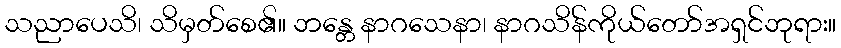
သညာပေသိ၊ သိမှတ်စေ၏။ ဘန္တေ နာဂသေနာ၊ နာဂသိန်ကိုယ်တော်အရှင်ဘုရား။